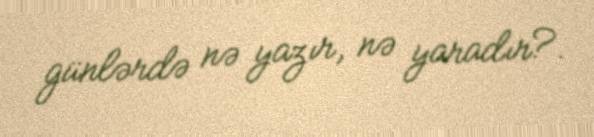
günlərdə nə yazır, nə yaradır?.